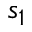
s _ { 1 }